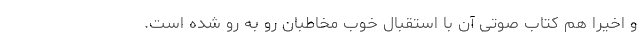
و اخیرا هم کتاب صوتی آن با استقبال خوب مخاطبان رو به رو شده است.